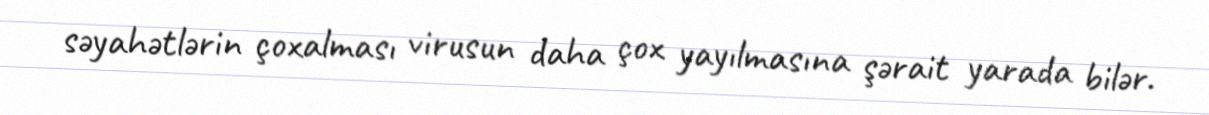
səyahətlərin çoxalması virusun daha çox yayılmasına şərait yarada bilər.